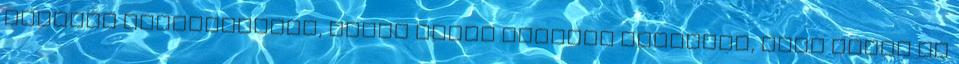
katalán függetlenség, akkor végre tényleg elmegyek, hogy ezzel is